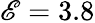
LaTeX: \mathscr{E}=3.8